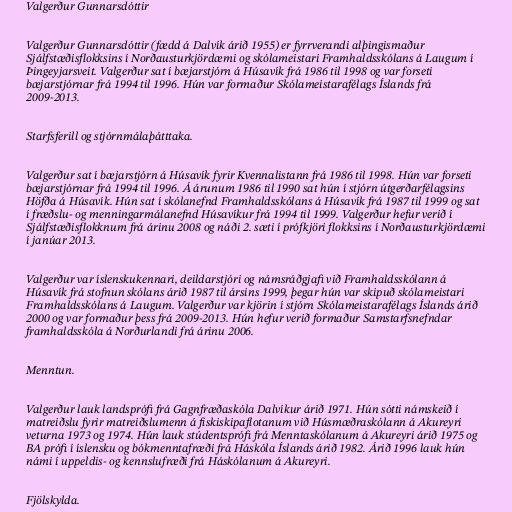
Valgerður Gunnarsdóttir

Valgerður Gunnarsdóttir (fædd á Dalvík árið 1955) er fyrrverandi alþingismaður
Sjálfstæðisflokksins í Norðausturkjördæmi og skólameistari Framhaldsskólans á Laugum í
Þingeyjarsveit. Valgerður sat í bæjarstjórn á Húsavík frá 1986 til 1998 og var forseti
bæjarstjórnar frá 1994 til 1996. Hún var formaður Skólameistarafélags Íslands frá
2009-2013.

Starfsferill og stjórnmálaþátttaka.

Valgerður sat í bæjarstjórn á Húsavík fyrir Kvennalistann frá 1986 til 1998. Hún var forseti
bæjarstjórnar frá 1994 til 1996. Á árunum 1986 til 1990 sat hún í stjórn útgerðarfélagsins
Höfða á Húsavík. Hún sat í skólanefnd Framhaldsskólans á Húsavík frá 1987 til 1999 og sat
í fræðslu- og menningarmálanefnd Húsavíkur frá 1994 til 1999. Valgerður hefur verið í
Sjálfstæðisflokknum frá árinu 2008 og náði 2. sæti í prófkjöri flokksins í Norðausturkjördæmi
í janúar 2013.

Valgerður var íslenskukennari, deildarstjóri og námsráðgjafi við Framhaldsskólann á
Húsavík frá stofnun skólans árið 1987 til ársins 1999, þegar hún var skipuð skólameistari
Framhaldsskólans á Laugum. Valgerður var kjörin í stjórn Skólameistarafélags Íslands árið
2000 og var formaður þess frá 2009-2013. Hún hefur verið formaður Samstarfsnefndar
framhaldsskóla á Norðurlandi frá árinu 2006.

Menntun.

Valgerður lauk landsprófi frá Gagnfræðaskóla Dalvíkur árið 1971. Hún sótti námskeið í
matreiðslu fyrir matreiðslumenn á fiskiskipaflotanum við Húsmæðraskólann á Akureyri
veturna 1973 og 1974. Hún lauk stúdentsprófi frá Menntaskólanum á Akureyri árið 1975 og
BA prófi í íslensku og bókmenntafræði frá Háskóla Íslands árið 1982. Árið 1996 lauk hún
námi í uppeldis- og kennslufræði frá Háskólanum á Akureyri.

Fjölskylda.